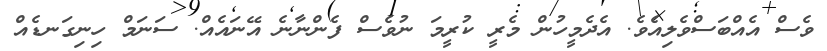
ވެސް އެއްބަސްވެލިއެވެ. އެދެމީހުން މެރީ ކުރީމަ ނުވެސް ފެންނާނެ އޭނައެއް. ސަނަމް ހިނިގަނޑެއް